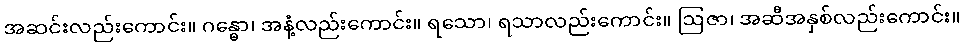
အဆင်းလည်းကောင်း။ ဂန္ဓော၊ အနံ့လည်းကောင်း။ ရသော၊ ရသာလည်းကောင်း။ ဩဇာ၊ အဆီအနှစ်လည်းကောင်း။